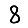
Digit: 8